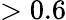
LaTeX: >0.6